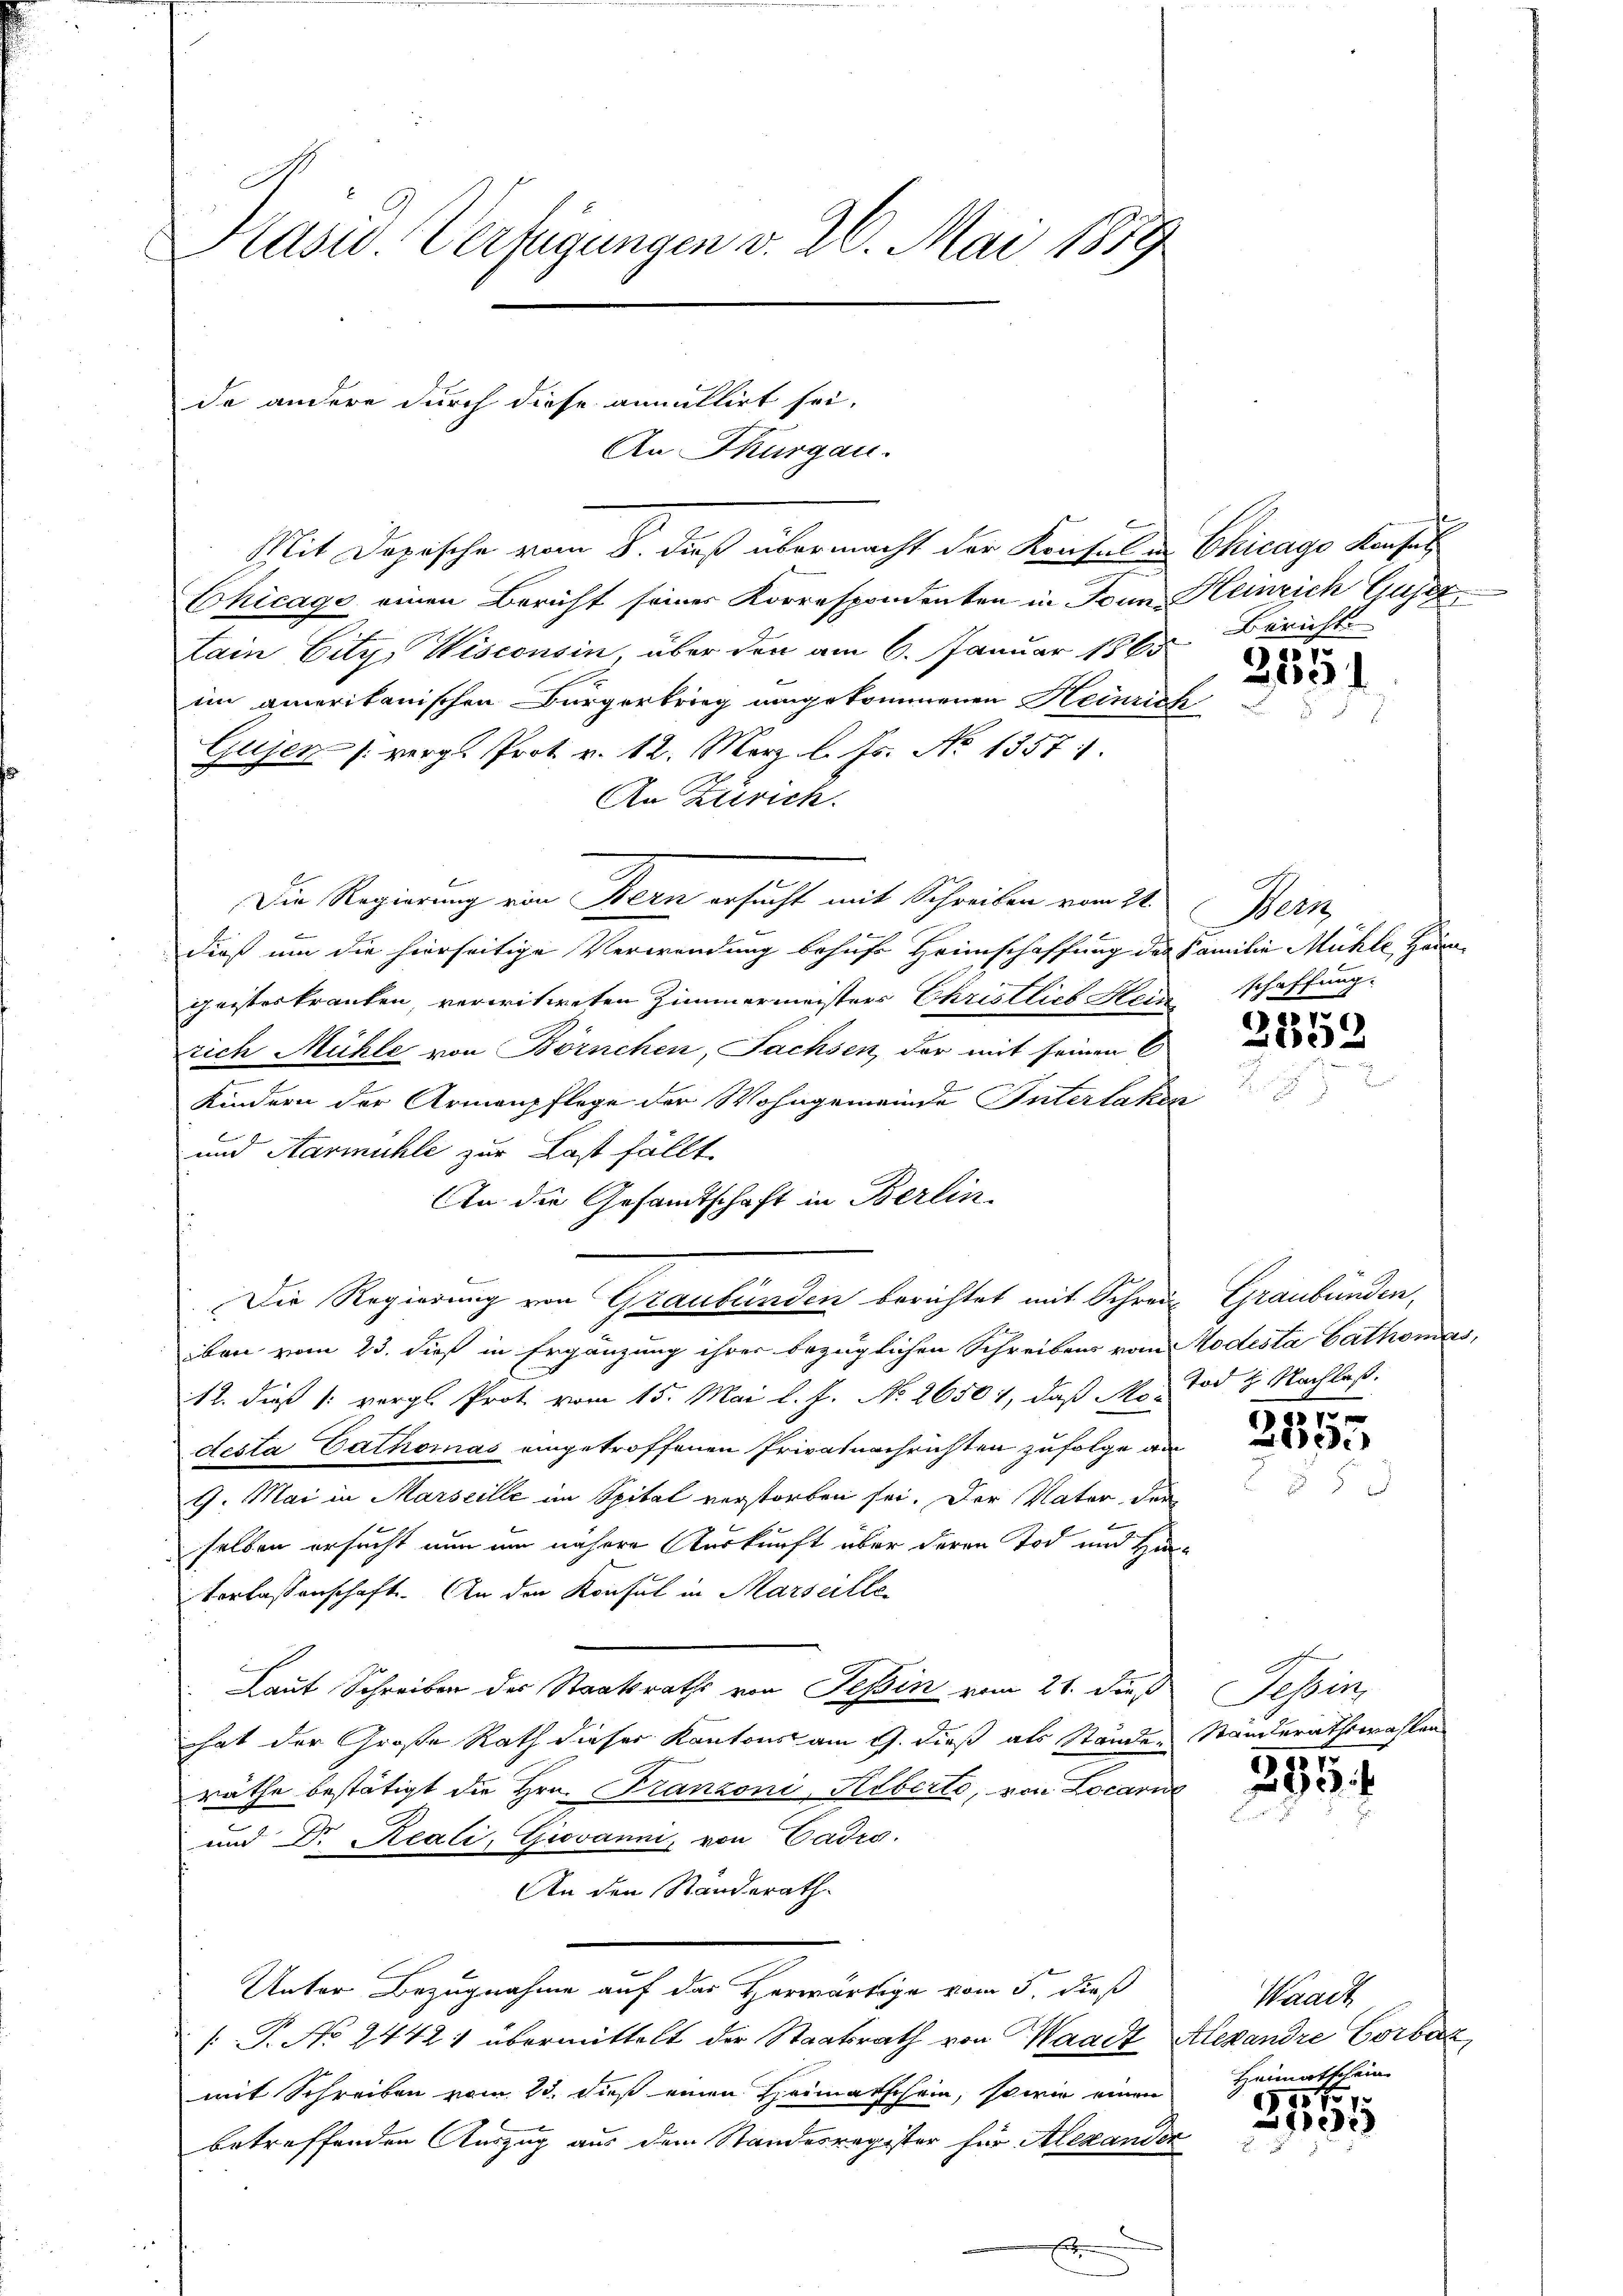
b

Mit Dopische vom 8. dieß übermacht der Konsulen Chicage Konsul
Chicago einen Bericht seiner Korrespondenten in dann Heinrich Gujer
Lain Eitz, Wisconsin, über den am 6. Januar 1865
im amerikanischen Bürgerbring umgekommenen Heinrich
Gujer /. vergl. Prot. v. 12. März l. Js. No 1357.
An Zürich.
Die Regierung von Bern ersucht mit Schreiben vom 21.
dieß um die hierseitige Verwendung behufe Heimschaffung des Familie Mühle Hau
geisteskranten, verwitweten Zimmermeisters Christlich Hein
rich Mühle von Börnchen, Fachsen, der mit seinen 6
Kindern der Armenpflege der Wohngemeinde Interlaken
b
und Harmühle zur Last fällt.
An die Gesandtschaft in Berlin.
Die Regierung von Graubünden berichtet mit Schrei Graubünden,
iben vom 23. dieß in Ergänzung ihrer bezüglichen Schreibens vom Modesta Cathomas,
12. dieß 1: vergl. Prot. vom 15. Mai l. J. No. 26501, daß Mo- Tod H. Nachlaß
Acsta Cathomas eingetroffenen Privatnachrichten zufolge an
9. Mai in Marseille im Spital verstorben sei. Der Vater der
F
selben ersucht nun um nähere Auskunft über deren Tod und Han¬
Vorlassenschaft. An den Konsul in Marseille
Laut Schreiben des Staatsraths von Teßin vom 21. des Tessin,
hat der Große Rath dieser Kantonst am 9. dieß als Stände Ständerathswahlen
räthe bestätigt die Hrn. Franzoni, Alberte, von Locarn
und Dr. Reali, Giovanni, von Cadro.
An den Standerath
Unter Bezugnahme auf das Herwärtige vom 5. dieß
 P. No 24421 übermittelt der Staatsrath von Waadt Alexandre Gerbez
mit Schreiben vom 23. dieß einen Heimatschein, sowie einen Heimatschein
betreffenden Auszug aus dem Standesregister für Alexander
8
E

4
Pasid. Verfügungen v. 26. Mai 1859

da andere durch diese annullirt sei.

An Thurgau.

Bericht.

1170.
2031

Bern
schaffung.

2353

1
Aide

255 f

Waadt

1175 f
233